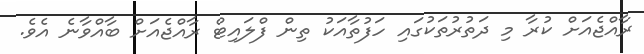
ރާއްޖެއަށް ކުރާ މި ދަތުރުތަކުގައި ހަފުތާއަކު ތިން ފްލައިޓް ރާއްޖެއަށް ބާއްވާނެ އެވެ.